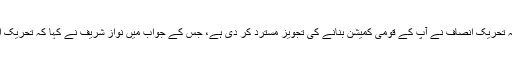
صحافی نے نواز شریف سے سوال کیا کہ تحریک انصاف نے آپ کے قومی کمیشن بنانے کی تجویز مسترد کر دی ہے، جس کے جواب میں نواز شریف نے کہا کہ تحریک انصاف کا نہ کوئی کردار ہے، نہ نظریہ۔